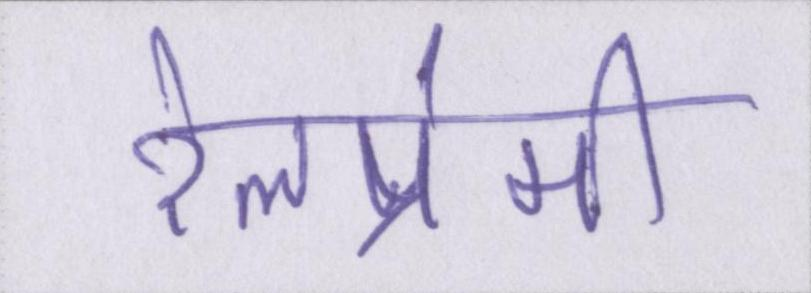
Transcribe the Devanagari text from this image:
रेलप्रेमी